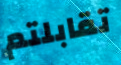
تقابلتم